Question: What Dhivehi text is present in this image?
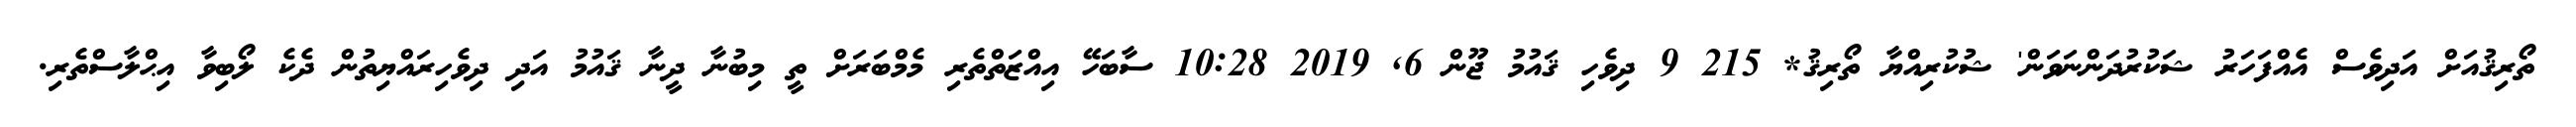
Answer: ތޯރިޤުއަށް އަދިވެސް އެއްފަހަރު ޝަކުރުދަންނަވަން' ޝުކުރިއްޔާ ތޯރިޤު* 215 9 ދިވެހި ޤައުމު ޖޫން 6, 2019 10:28 ސާބަހޭ އިއްޒަތްތެރި މެމްބަރަށް ތީ މިބުނާ ދީނާ ޤައުމު އަދި ދިވެހިރައްޔިތުން ދެކެ ލޯބިވާ އިޙްލާސްތެރި.